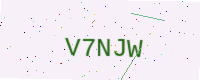
Text: V7NJW